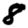
Digit: 8